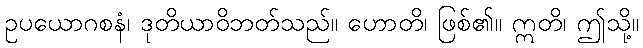
ဥပယောဂစနံ၊ ဒုတိယာဝိဘတ်သည်။ ဟောတိ၊ ဖြစ်၏။ ဣတိ၊ ဤသို့။